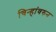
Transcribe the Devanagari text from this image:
चिन्हांवरुन